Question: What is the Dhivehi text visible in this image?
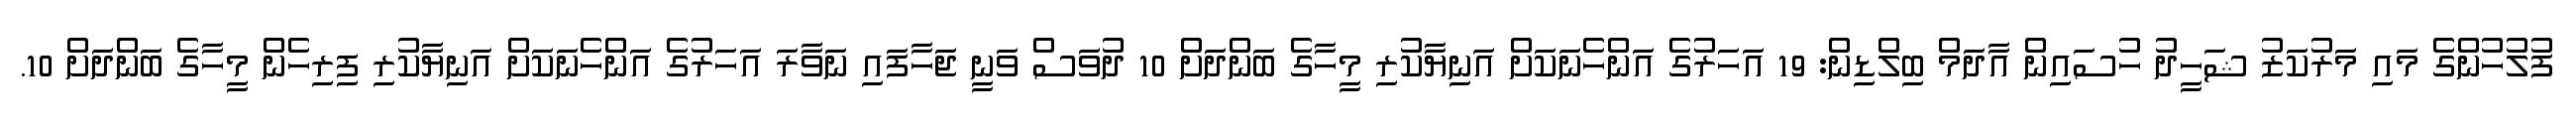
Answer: ފުލުހުންގެ މައި މަރުކަޒު ޝަހީދު ހުސައިން އާދަމް ބިލްޑިން: 19 އަހަރުގެ އަންހެނަކަށް އަނިޔާކުރި މީހާގެ ބަންދަށް 10 ދުވަސް ވަނީ ޖަހާފައި ނަވާރަ އަހަރުގެ އަންހެނަކަށް އަނިޔާކުރި ފިރިހެން މީހާގެ ބަންދަށް 10.